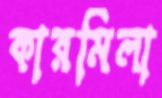
কারমিলা